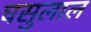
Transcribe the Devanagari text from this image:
घसुलाल